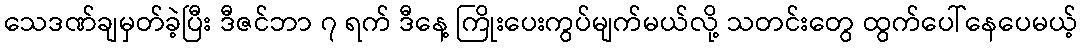
သေဒဏ်ချမှတ်ခဲ့ပြီး ဒီဇင်ဘာ ၇ ရက် ဒီနေ့ ကြိုးပေးကွပ်မျက်မယ်လို့ သတင်းတွေ ထွက်ပေါ်နေပေမယ့်